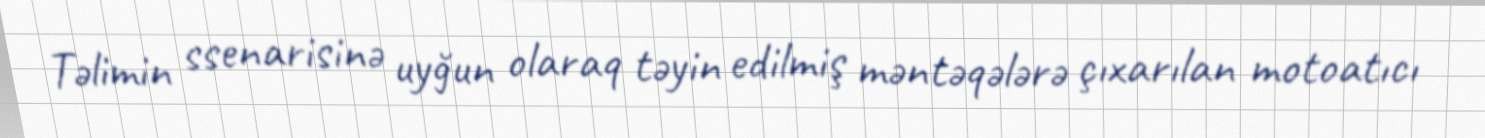
Təlimin ssenarisinə uyğun olaraq təyin edilmiş məntəqələrə çıxarılan motoatıcı